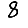
Digit: 8